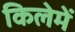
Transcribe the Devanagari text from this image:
किलेमें